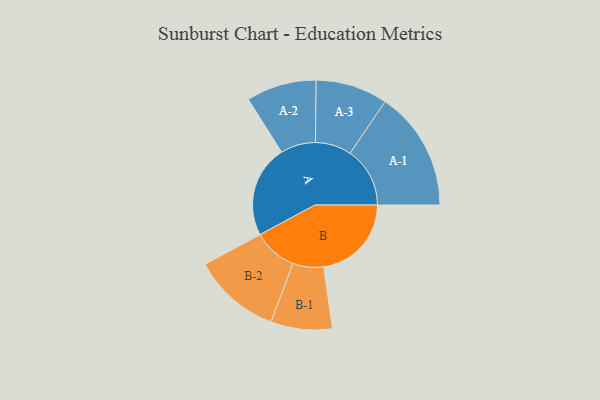
{"axis": {"x": "Segment", "y": "Value"}, "legend": ["", "A", "B"], "data": [{"x": "A", "y": 442, "type": ""}, {"x": "B", "y": 421, "type": ""}, {"x": "A-1", "y": 287, "type": "A"}, {"x": "A-2", "y": 168, "type": "A"}, {"x": "A-3", "y": 173, "type": "A"}, {"x": "B-1", "y": 147, "type": "B"}, {"x": "B-2", "y": 211, "type": "B"}]}